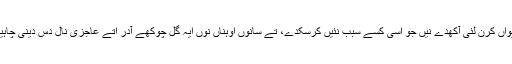
جے ساڈے گورو سانوں ایہو جئیاں شیواں کرن لئی آکھدے نیں جو اسی کسے سبب نئیں کرسکدے، تے سانوں اوہناں نوں ایہ گل چوکھے آدر اتے عاجزی نال دس دینی چاہیدی اے کہ اسی ایہ کم نئیں کر سکدے۔